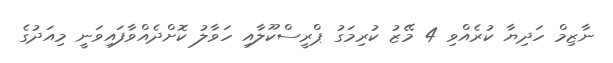
ނާޒިމް ހަދިޔާ ކުރެއްވި 4 މޭޒު ކުރިމަގު ޕްރީސްކޫލާއި ހަވާލު ކޮށްދެއްވާފައިވަނީ މިއަދުގެ